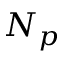
N _ { p }